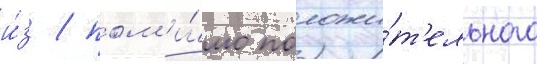
и́з / пом'и́мо положи́т'ельного